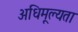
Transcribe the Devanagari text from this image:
अधिमूल्यता